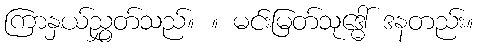
ကြာနှယ်ညွှတ်သည်။ ။ မင်းမြတ်သုဒ္ဓေါ် ဒနတည်း။